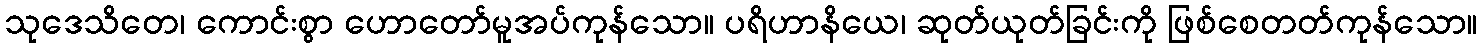
သုဒေသိတေ၊ ကောင်းစွာ ဟောတော်မူအပ်ကုန်သော။ ပရိဟာနိယေ၊ ဆုတ်ယုတ်ခြင်းကို ဖြစ်စေတတ်ကုန်သော။